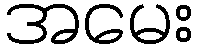
အမေး